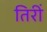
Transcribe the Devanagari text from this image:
तिरीं